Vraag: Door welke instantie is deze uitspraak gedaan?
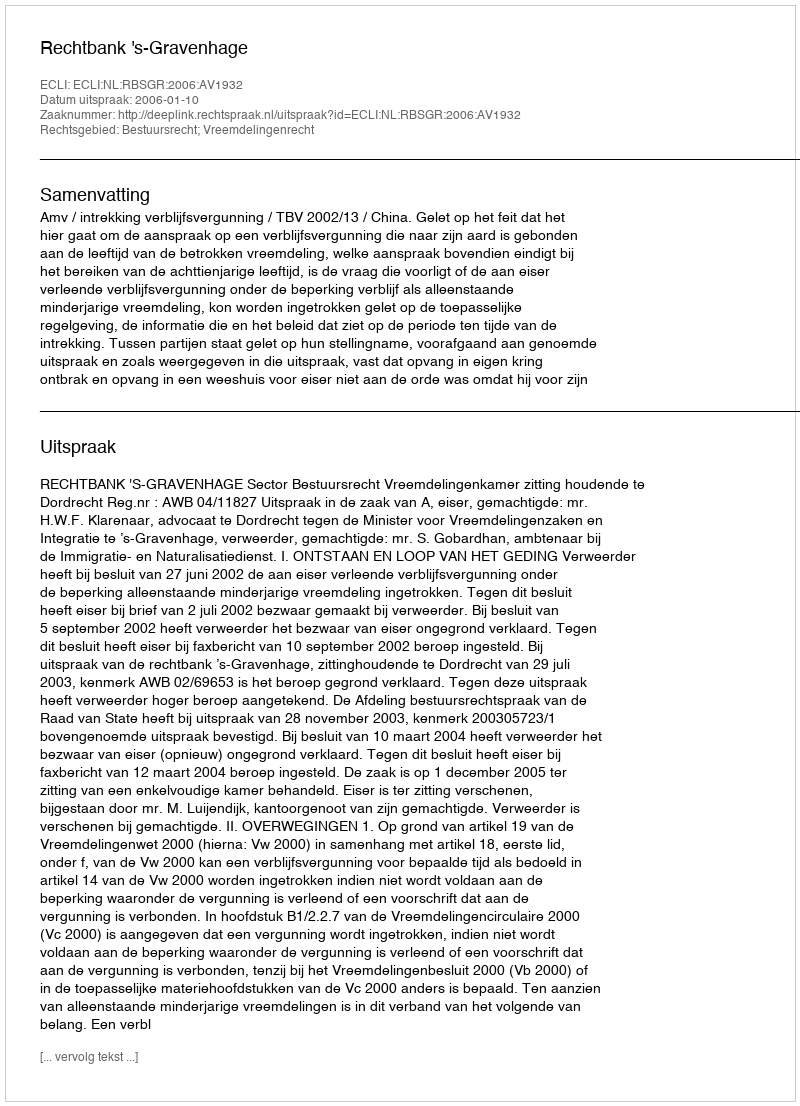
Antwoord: Rechtbank 's-Gravenhage